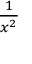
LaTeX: \textstyle { \frac { 1 } { x ^ { 2 } } }